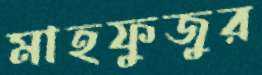
মাহফুজুর